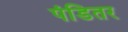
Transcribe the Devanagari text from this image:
पंडितर